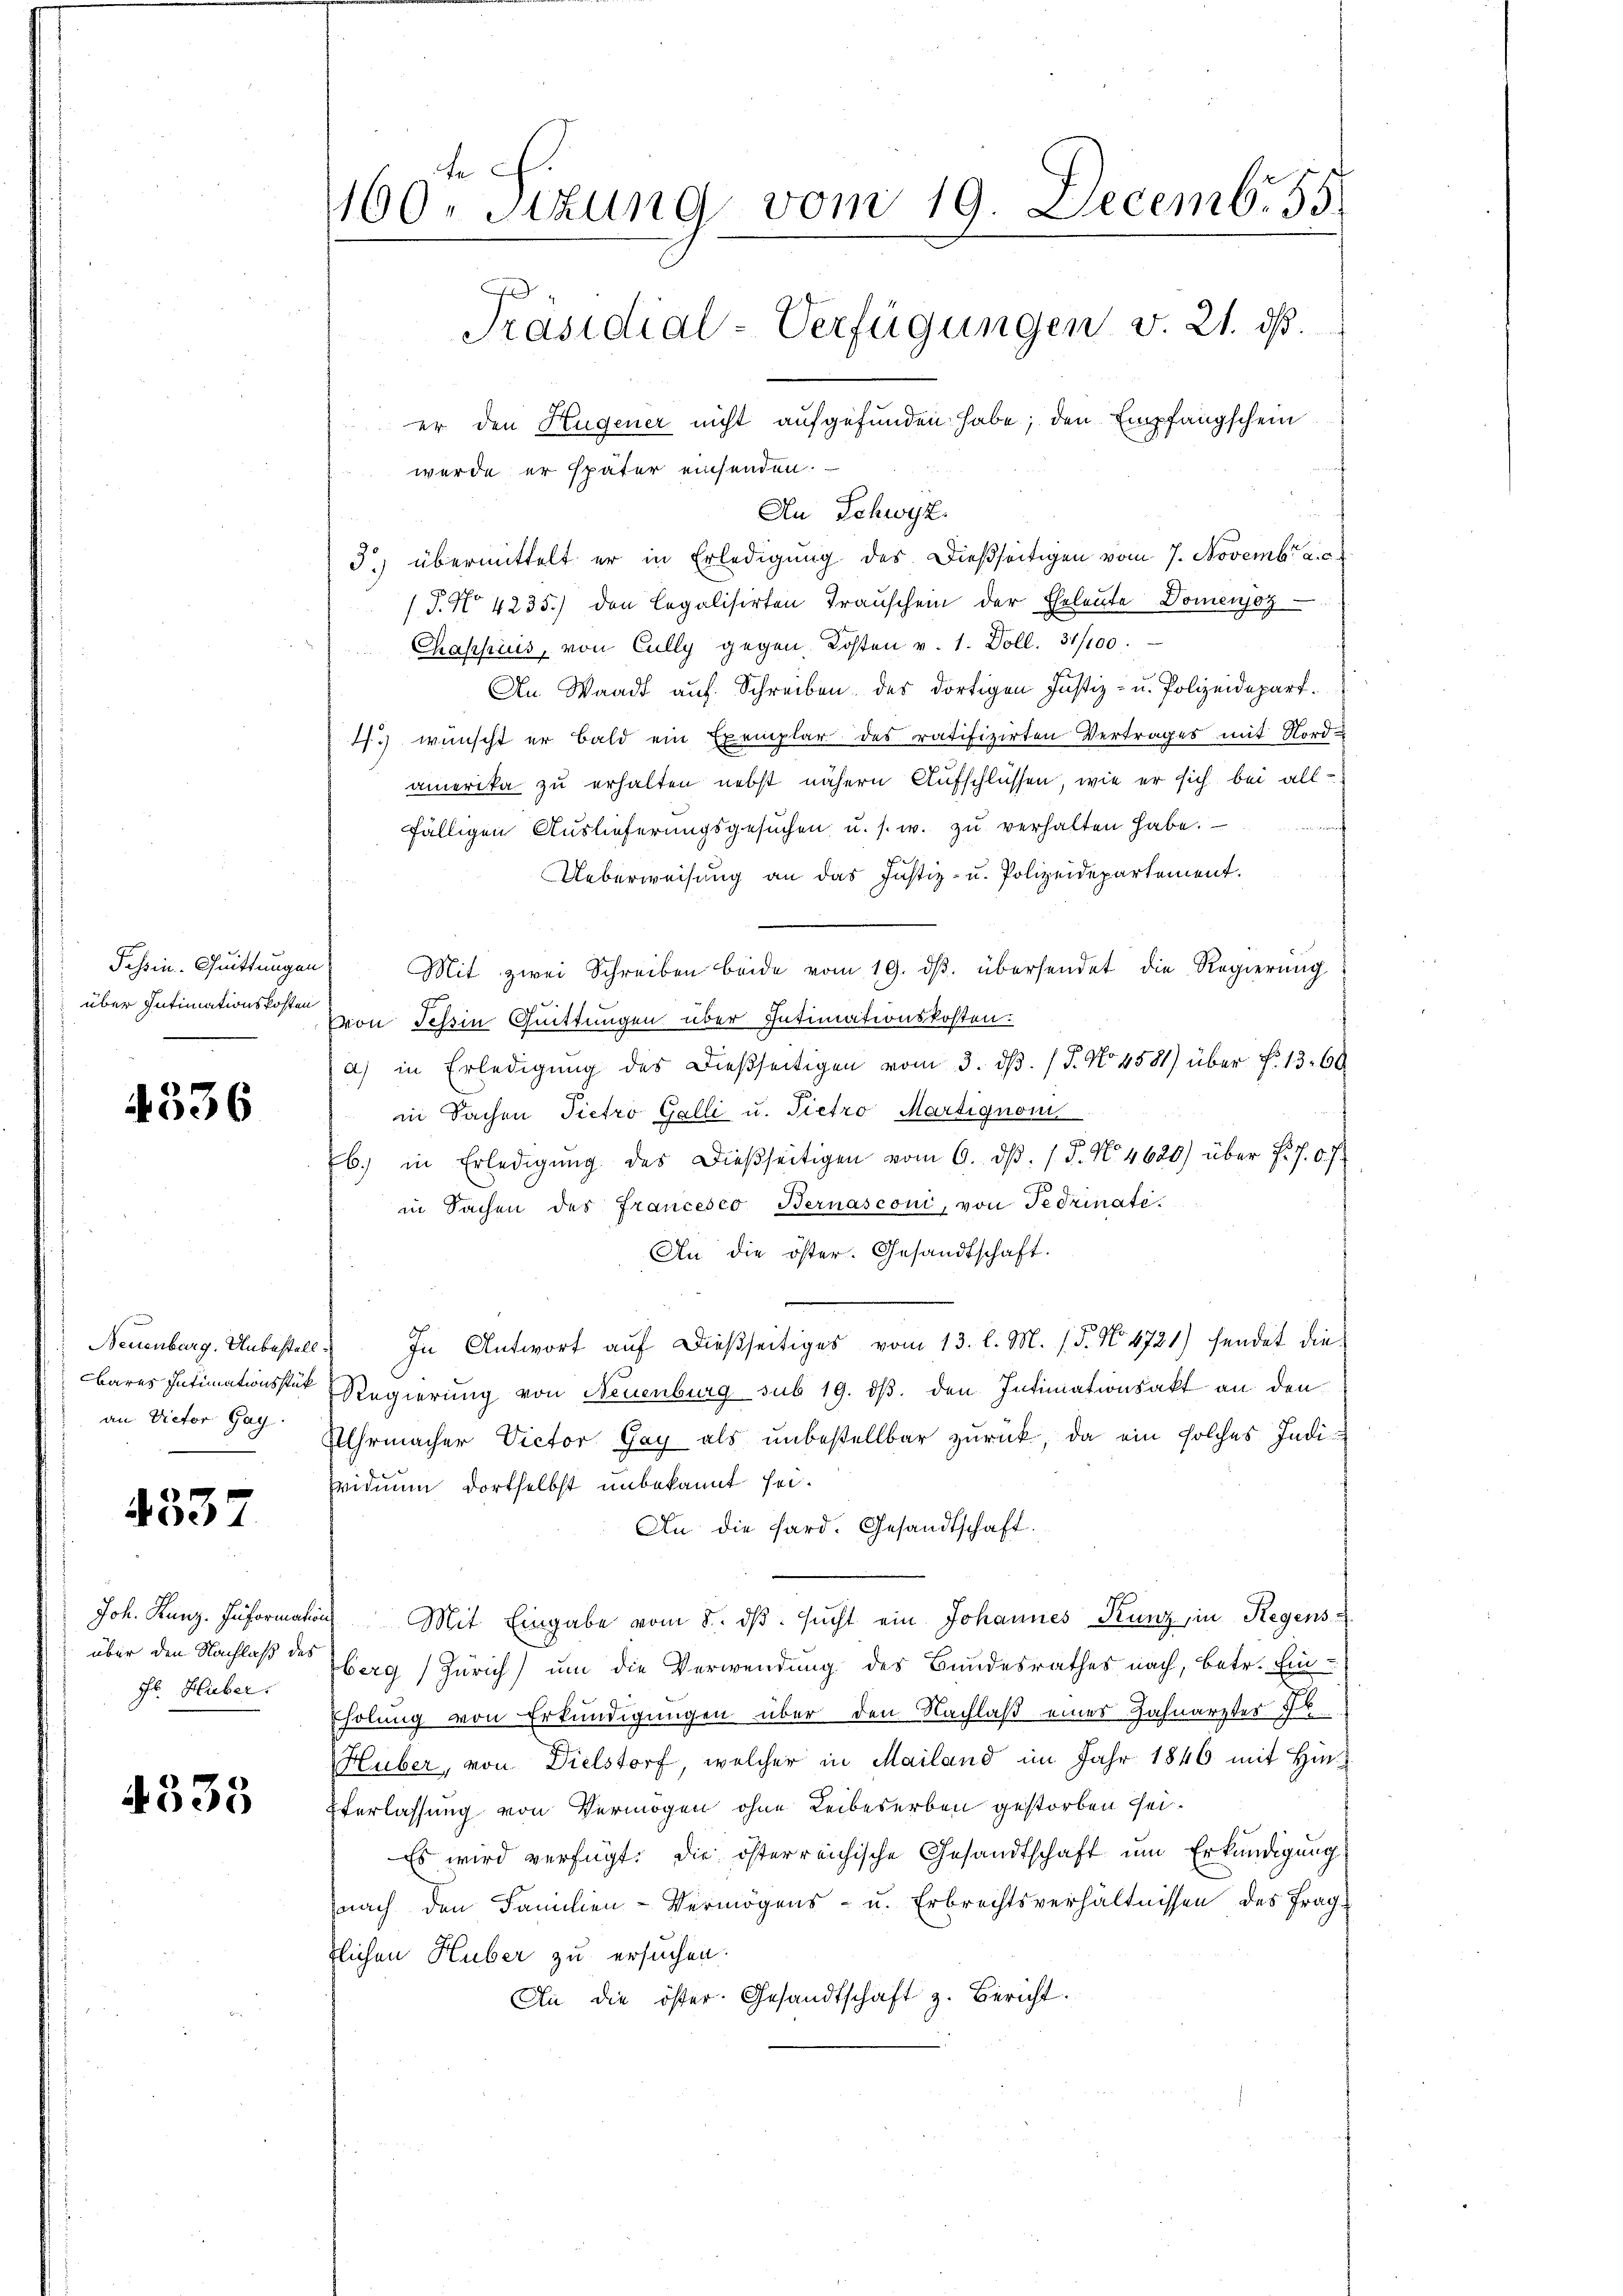
Fossin Quittungen

4336

an Victor Gay.

4337

Fl. Huber,

4335

160. Sitzung vom 19. Decemb. 55
A
Präsidial-Verfügungen v. 21. ds.
er den Hugener nicht aufgefunden habe; den Empfangschein
d

wurde er später einsenden.
An Schwyz
3.) übermittelt er in Erledigung des Dießseitigen vom 7. Novembrac
/J. No 4235.) den legalisirten Transchein der Eheleute Domenjoz
Chapsuis, von Cully gegen Kosten v. 1. Doll. 31/100.
An Waadt auf Schreiben des dortigen Justiz- u. Polizeidepart.
1.) wünscht er bald ein Exemplar des ratifizirten Vertrages mit Nord-
amerika zu erhalten nebst nähern Aufschlüssen, wie er sich bei allfälligen Auslieferungsgesŭchen u. s. w. zŭ verhalten habe.
Ueberweisung an das Justiz- u. Polizeidepartement.
Mit zwei Schreiben beide vom 19. dβ. übersendet die Regierung
über Intimationskosten von Tessin Quittungen über Intimationskosten.
a) in Erledigŭng des dießseitigen vom 3. dβ. (T. No 4581) über N. 13. 60
in Sachen Pietro Galli u. Pietro Martignom
b.) in Erledigung des Dießseitigen vom 6. ds. (T. N. 4620) über F. P. O. J.
in Sachen des Francesco Bernasconi, von Fedinati¬
An die öster. Gesandtschaft.
e
Neuenburg. Unbestell. In Antwort aŭf dießseitiges vom 13. l. M. (T. N. 4721) sendet die
bares Intimationsste Regierung von Neuenburg sub 19. dβ. den Intimationsakt an den
Uhrmacher Victor Gay als unbestellbar zurück, da ein solches Indi¬
Widmun dortselbst unbekannt sei.
An die Sard. Gesandtschaft.
Joh. Kanz. Information Mit Eingabe vom 8. dβ. sucht ein Johannes Kunz, in Regensüber den Nachlaß der berg (Zürich) um die Verwendung des Bundesrathes nach, betr. Ein¬
Eholung von Erkundigungen über den Nachlaß eines Zahnarztes
Huber, von Dielstorf, welcher in Mailand im Jahr 1846 mit Hin¬
Everlassung von Vermögen ohne Leibeserben gestorben sei.
Es wird verfügt: die österreichische Gesandtschaft um Erkundigung.
nach den Familien-Vermögens- u. Erbrechtsverhältnissen des Frag
tlichen Huber zu ersuchen.
An die öster Gesandtschaft z. Bericht.